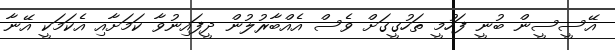
އޭސީސީން ބުނީ ފަހުމީ ތަހުގީގަށް ވެސް އެއްބާރުލުން ދީފައިނުވާ ކަމަށާއި އެކަމަކީ އޭނާ